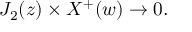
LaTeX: J _ { 2 } ( z ) \times X ^ { + } ( w ) \rightarrow 0 .